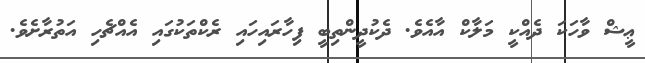
ޢީޝް ވާހަކަ ދެއްކީ މަލާކް އާއެވެ. ދެކުދީންތިބީ ފިހާރައިހައި ރެކްތަކުގައި އެއްޗެހި އަތުރާށެވެ.